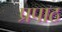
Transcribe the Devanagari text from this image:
प्रपाठ